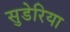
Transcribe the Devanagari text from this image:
सुडेरिया